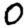
Digit: 0